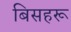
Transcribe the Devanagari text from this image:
बिसहरू